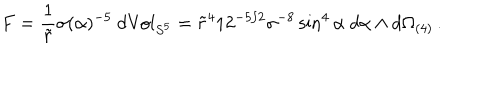
LaTeX: F = \frac { 1 } { \tilde { r } } \sigma ( \alpha ) ^ { - 5 } \ d \mathrm { V o l } _ { S ^ { 5 } } = \tilde { r } ^ { 4 } 1 2 ^ { - 5 / 2 } \sigma ^ { - 8 } \sin ^ { 4 } \alpha \ d \alpha \wedge d \Omega _ { ( 4 ) } \, .